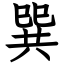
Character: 巽